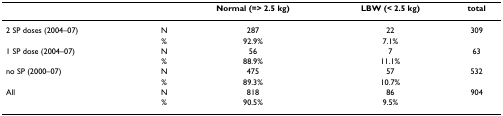
<table><thead><tr><td></td><td></td><td><b>Normal (=&gt; 2.5 kg)</b></td><td><b>LBW (&lt; 2.5 kg)</b></td><td><b>total</b></td></tr></thead><tbody><tr><td>2 SP doses (2004–07)</td><td>N</td><td>287</td><td>22</td><td>309</td></tr><tr><td></td><td>%</td><td>92.9%</td><td>7.1%</td><td></td></tr><tr><td>1 SP dose (2004–07)</td><td>N</td><td>56</td><td>7</td><td>63</td></tr><tr><td></td><td>%</td><td>88.9%</td><td>11.1%</td><td></td></tr><tr><td>no SP (2000–07)</td><td>N</td><td>475</td><td>57</td><td>532</td></tr><tr><td></td><td>%</td><td>89.3%</td><td>10.7%</td><td></td></tr><tr><td>All</td><td>N</td><td>818</td><td>86</td><td>904</td></tr><tr><td></td><td>%</td><td>90.5%</td><td>9.5%</td><td></td></tr></tbody></table>